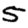
Digit: 5